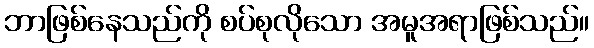
ဘာဖြစ်နေသည်ကို စပ်စုလိုသော အမူအရာဖြစ်သည်။